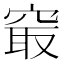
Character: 𥦡